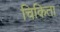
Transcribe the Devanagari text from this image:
चिकिता